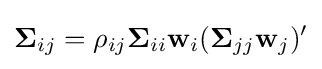
\mathbf {\Sigma } _{ij}=\rho _{ij}\mathbf {\Sigma } _{ii}\mathbf {w} _{i}(\mathbf {\Sigma } _{jj}\mathbf {w} _{j})'